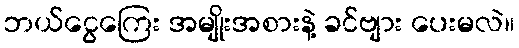
ဘယ်ငွေကြေး အမျိုးအစားနဲ့ ခင်ဗျား ပေးမလဲ။